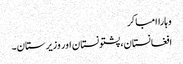
وہاراامباکر
افغانستان، پشتونستان اور وزیرستان۔